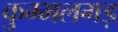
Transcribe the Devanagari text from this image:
कुम्भलगड़